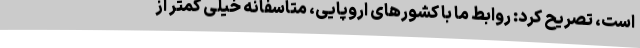
است، تصریح کرد: روابط ما با کشورهای اروپایی، متاسفانه خیلی کمتر از